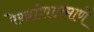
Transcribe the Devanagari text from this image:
रेखांशाप्रमाणे